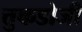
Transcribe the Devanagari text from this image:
त्तुकडोजी